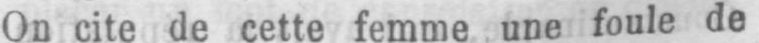
On cite de cette femme une foule de